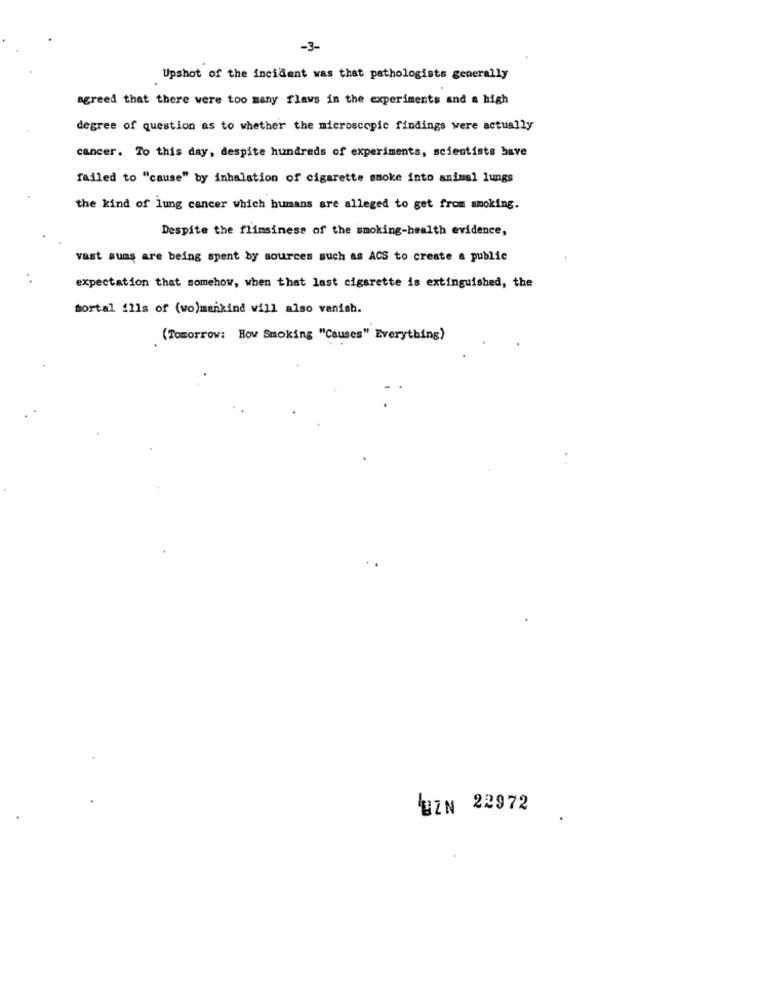
-3-
Upshot of the incident was that pathologists generally
agreed that there were too many flaws in the experiments and a high
degree of question as to whether the microscopic findings were actually
cancer. To this day, despite hundreds of experiments, scientists have
failed to "cause" by inhalation of cigarette smoke into animal lungs
the kind of lung cancer which humans are alleged to get from smoking.
Despite the flimsiness of the smoking-health evidence,
vast suas are being spent by sources such as ACS to create a public
expectation that somehow, when that last cigarette is extinguished, the
mortal ills of (wo)mankind will also vanish.
(Tomorrow: How Smoking "Causes" Everything)
UZN 22972